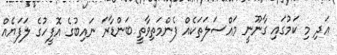
އަދި މި ކަމުގައި ގާނޫނީ މައްސަލަތަކެއް ފެންމަތިވާތީ ބަންޑާރަ ނައިބުގެ އޮފީހުގެ ލަފަޔެއް